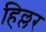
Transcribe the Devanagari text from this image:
हिल्लर